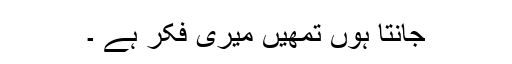
جانتا ہوں تمھیں میری فکر ہے ۔